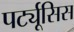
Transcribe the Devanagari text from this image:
पर्ट्यूसिस